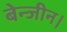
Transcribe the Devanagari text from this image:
बेन्जीन।